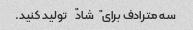
سه مترادف برای "شاد" تولید کنید.